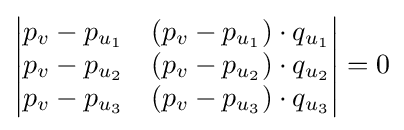
{\begin{vmatrix}p_{v}-p_{u_{1}}&(p_{v}-p_{u_{1}})\cdot q_{u_{1}}\\p_{v}-p_{u_{2}}&(p_{v}-p_{u_{2}})\cdot q_{u_{2}}\\p_{v}-p_{u_{3}}&(p_{v}-p_{u_{3}})\cdot q_{u_{3}}\end{vmatrix}}=0